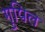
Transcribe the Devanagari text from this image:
गुपिल